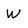
Character: W